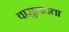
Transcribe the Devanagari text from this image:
वासुलदत्ता